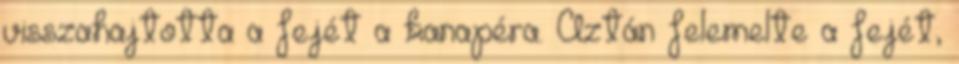
visszahajtotta a fejét a kanapéra. Aztán felemelte a fejét,